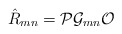
\begin{align*}\hat{R}_{mn} = {\cal P} {\cal G}_{mn} {\cal O} \, \end{align*}